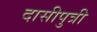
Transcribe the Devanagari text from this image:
दासीपुत्री